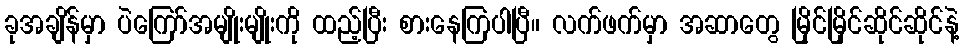
ခုအချိန်မှာ ပဲကြော်အမျိုးမျိုးကို ထည့်ပြီး စားနေကြပါပြီ။ လက်ဖက်မှာ အဆာတွေ မြိုင်မြိုင်ဆိုင်ဆိုင်နဲ့